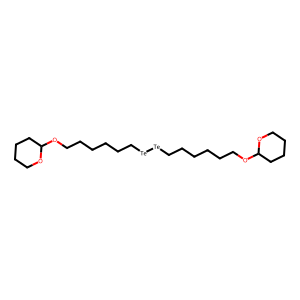
SMILES: C(CCC[Te][Te]CCCCCCOC1CCCCO1)CCOC1CCCCO1
Inhibits HIV replication: No